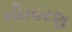
નીતારણ